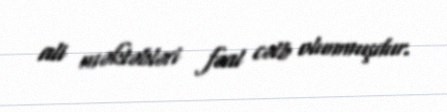
ali məktəbləri fəal cəlb olunmuşdur.